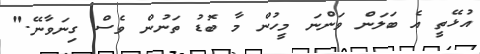
އުޅޭތީ އެ ބަލަން ވަންނަ މީހުން މާ ބޮޑު ތަނުން ވެސް ގިނަވާނޭ."